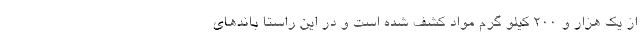
از یک هزار و 200 کیلو گرم مواد کشف شده است و در این راستا باندهای